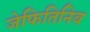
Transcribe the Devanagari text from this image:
जेफितिनिब